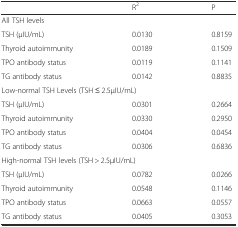
|  | R2 | P |
 | --- | --- | --- |
 | <COLSPAN=3> All TSH levels |
 | TSH (μIU/mL) | 0.0130 | 0.8159 |
 | Thyroid autoimmunity | 0.0189 | 0.1509 |
 | TPO antibody status | 0.0119 | 0.1141 |
 | TG antibody status | 0.0142 | 0.8835 |
 | <COLSPAN=3> Low-normal TSH Levels (TSH ≤ 2.5μIU/mL) |
 | TSH (μIU/mL) | 0.0301 | 0.2664 |
 | Thyroid autoimmunity | 0.0330 | 0.2950 |
 | TPO antibody status | 0.0404 | 0.0454 |
 | TG antibody status | 0.0306 | 0.6836 |
 | <COLSPAN=3> High-normal TSH levels (TSH > 2.5μIU/mL) |
 | TSH (μIU/mL) | 0.0782 | 0.0266 |
 | Thyroid autoimmunity | 0.0548 | 0.1146 |
 | TPO antibody status | 0.0663 | 0.0557 |
 | TG antibody status | 0.0405 | 0.3053 |